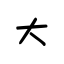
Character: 大